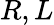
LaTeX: R,L